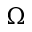
\Omega